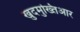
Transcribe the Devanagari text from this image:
खुदमुख्तिआर